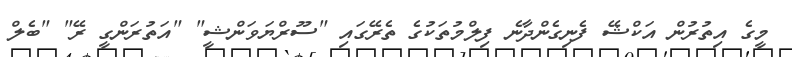
މީގެ އިތުރުން އަކްޝޭ ފެނިގެންދާނެ ފިލްމުތަކުގެ ތެރޭގައި "ސޫރްޔަވަންޝީ" "އަތުރަންގީ ރޭ" "ބެލް